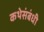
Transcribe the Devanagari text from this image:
कथेसंबंधी